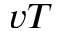
v T